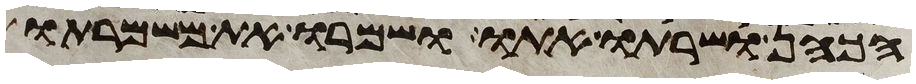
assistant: הכהן ושרתו אתו ושמרו את משמרתו